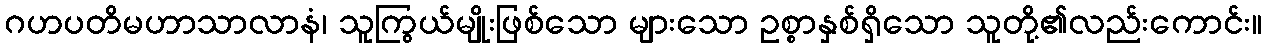
ဂဟပတိမဟာသာလာနံ၊ သူကြွယ်မျိုးဖြစ်သော များသော ဥစ္စာနှစ်ရှိသော သူတို့၏လည်းကောင်း။